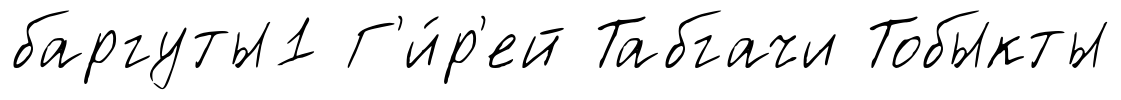
баргуты1 Г'и́р'ей Табгачи Тобыкты